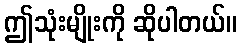
ဤသုံးမျိုးကို ဆိုပါတယ်။